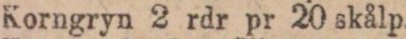
Korngryn 2 rdr pr 20 skålp.